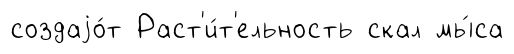
создаjо́т Раст'и́т'ельность скал мы́са